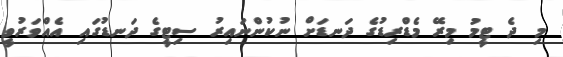
މި ދެ ޓީމު މިރޭ މެޑްރިޑުގެ ދަނޑަށް ނުކުންނައިރު ސިޓީގެ ދަނޑުގައި އެއްވަރުވީ